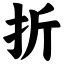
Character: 折